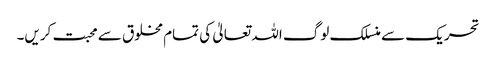
تحریک سے منسلک لوگ اللہ تعالیٰ کی تمام مخلوق سے محبت کریں۔